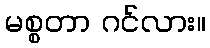
မစ္စတာ ဂင်လား။